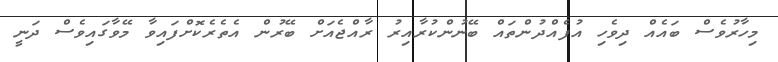
މިހާރުވެސް ބައެއް ދިވެހި އުފެއްދުންތައް ބޭނުންކުރާއިރު ރާއްޖެއަށް ބޭރުން އެތެރެކޮށްފައިވާ މޭވާގައިވެސް ދަނީ